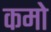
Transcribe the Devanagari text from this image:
कमो